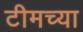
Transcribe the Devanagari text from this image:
टीमच्या